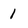
Character: 1